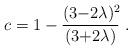
LaTeX: \begin{align*}c = 1-\frac{(3{-}2\lambda)^2\!}{(3{+}2\lambda)}~.\end{align*}